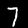
Label: 7